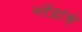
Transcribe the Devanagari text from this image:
नरेंद्रांचे